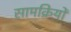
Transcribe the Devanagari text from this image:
सामक्रियों